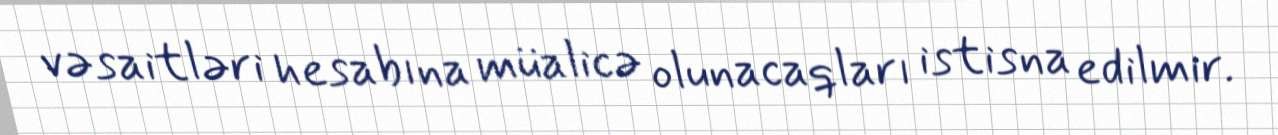
vəsaitləri hesabına müalicə olunacaqları istisna edilmir.